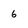
Character: 6